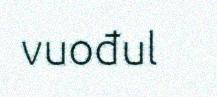
vuođul